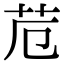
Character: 苊